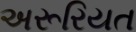
અરૂરિયત